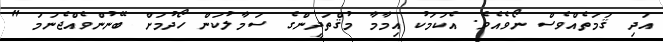
އަދި ޤަމަތެއްވެސް ނޯވެއެވެ. އެކަމަކު އިމާމާ މުޤްތަދީންގެ ސަމާލުކަން ހޯދުމަށް ބޭނުންވެއްޖެނަމަ "